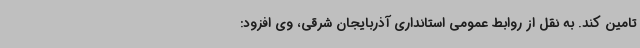
تامین کند. به نقل از روابط عمومی استانداری آذربایجان شرقی، وی افزود: